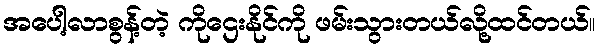
အပေါ့လာစွန့်တဲ့ ကိုဌေးနိုင်ကို ဖမ်းသွားတယ်လို့ထင်တယ်။